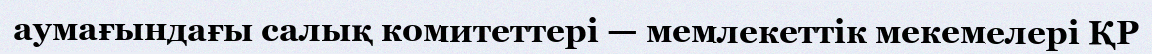
аумағындағы салық комитеттері — мемлекеттік мекемелері ҚР